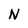
Character: N